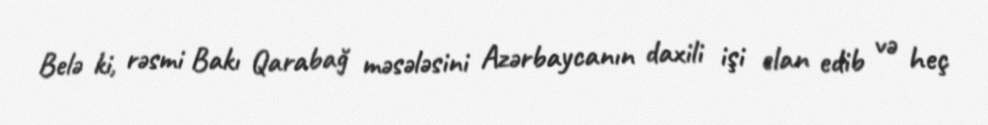
Belə ki, rəsmi Bakı Qarabağ məsələsini Azərbaycanın daxili işi elan edib və heç